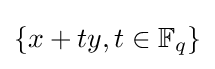
\{x+ty,t\in \mathbb {F} _{q}\}